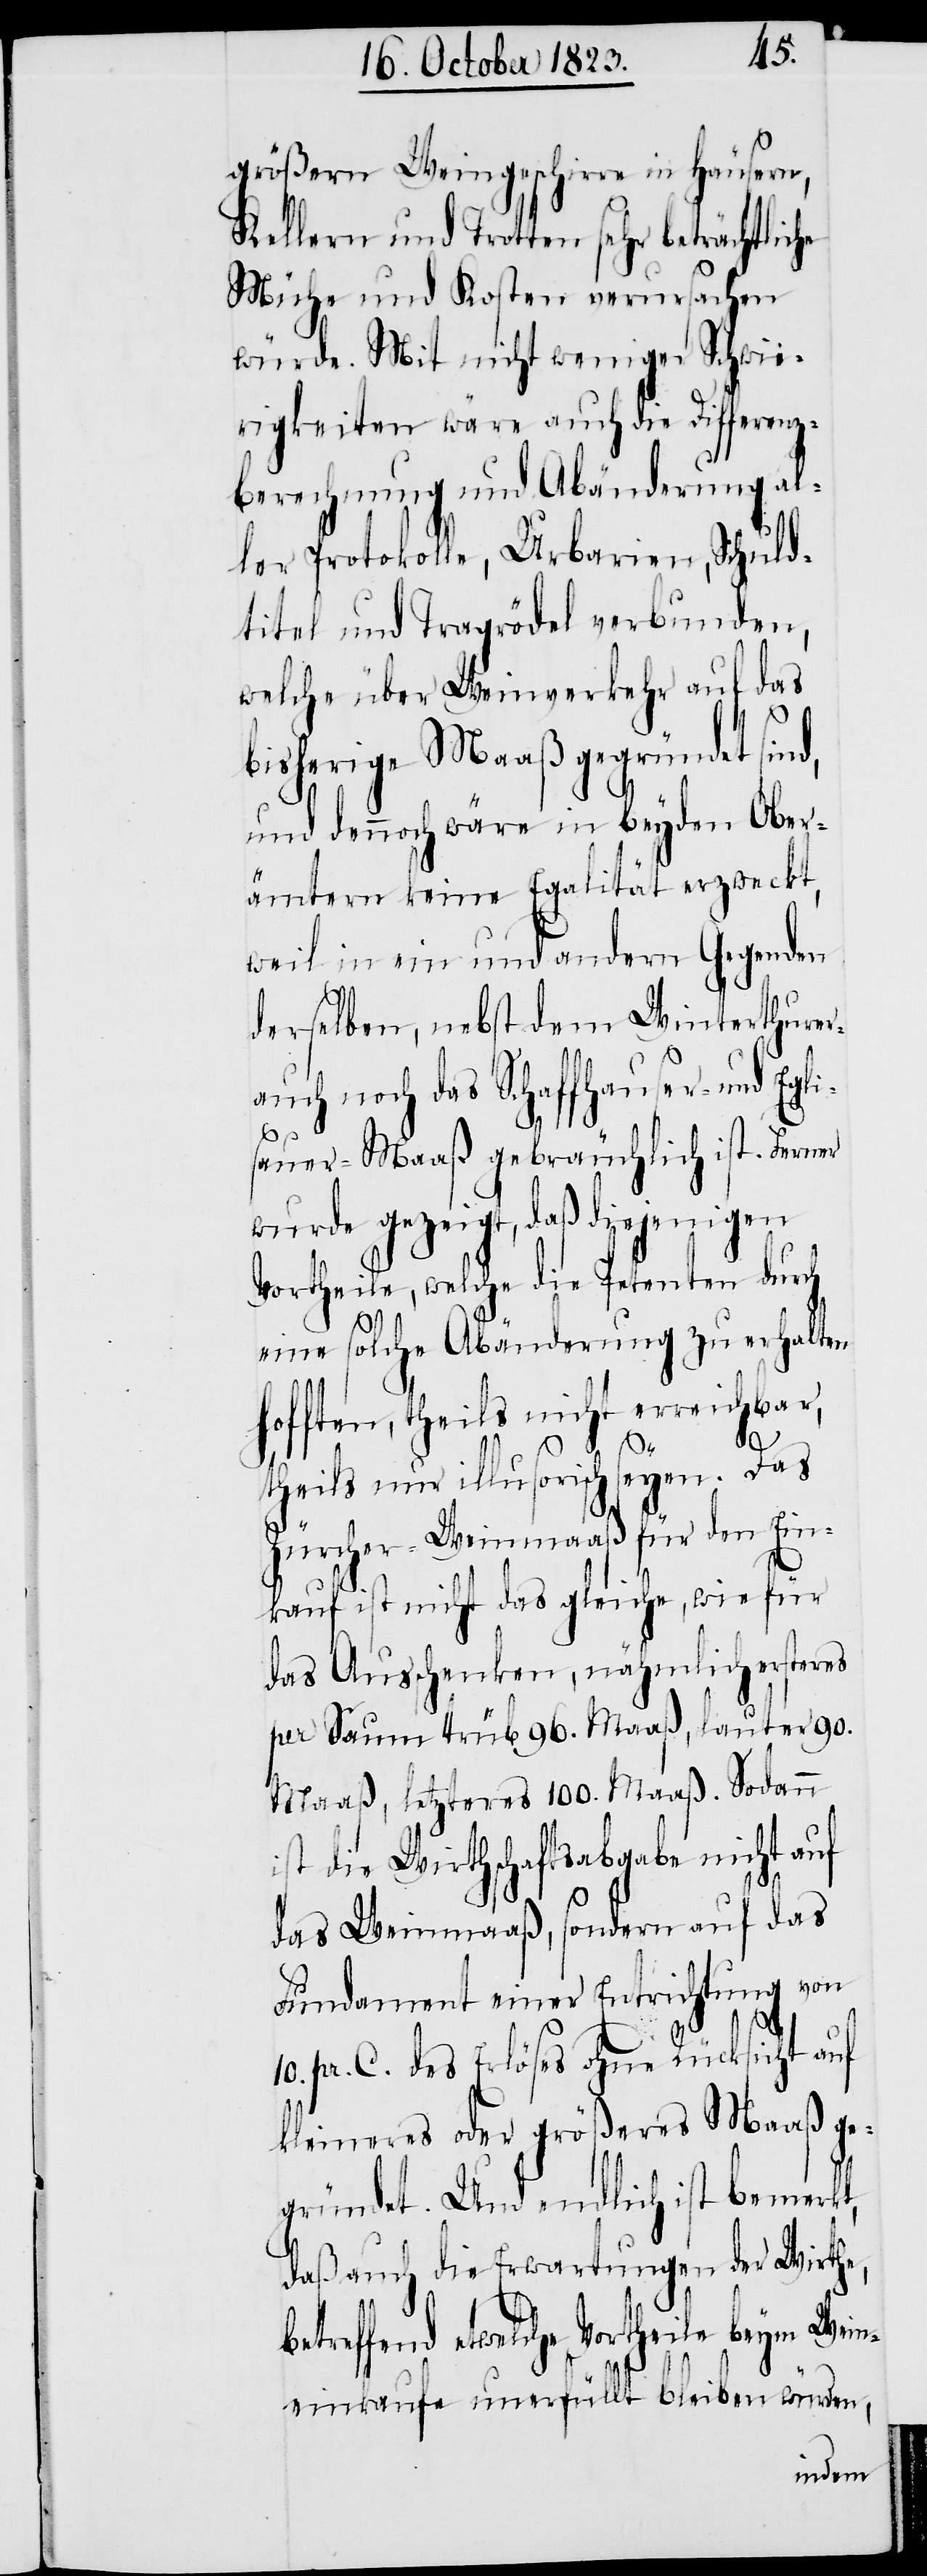
größern Weingeschirre in Häusern,
Kellern und Trotten sehr beträchtliche
Mühe und Kosten verursachen
würde. Mit nicht weniger Schwie¬
rigkeiten wäre auch die Differenz¬
berechnung und Abänderung al¬
ler Protokolle, Urbarien, Schuld¬
titel und Tragrödel verbunden,
welche über Weinverkehr auf das
bisherige Maaß gegründet sind,
und dennoch wäre in beyden Ober¬
ämtern keine Egalität erzweckt,
weil in ein und andern Gegenden
derselben, nebst dem Winterthurer-
auch noch das Schaffhauser- und Egli¬
10.
sauer-Maaß gebräuchlich ist. Ferner
wurde gezeigt, daß diejenigen
Vortheile, welche die Petenten durch
eine solche Abänderung zu erhalten
hofften, theils nicht erreichbar,
theils nur illusorisch seyen. Das
Zürcher-Weinmaaß für den Ein¬
kauf ist nicht das gleiche, wie für
das Ausschenken, nähmlich ersteres
per Saum trüb 96. Maaß, lauter 90.
Maaß, letzteres 100. Maaß. Sodann
ist die Wirthschaftsabgabe nicht auf
das Weinmaaß, sondern auf das
Fundament einer Entrichtung von
pr. C. des Erlöses ohne Rücksicht auf
kleineres oder größeres Maaß ge¬
gründet. Und endlich ist bemerkt,
daß auch die Erwartungen der Wirthe,
betreffend etwelche Vortheile beym Wein¬
einkaufe unerfüllt bleiben würden,